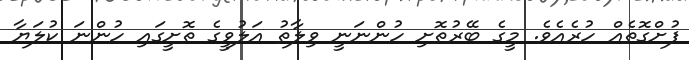
ފުށްގޮތެއް ހުރެއެވެ. މީގެ ބޭރުތޮށި ހުންނަނީ ވިލާތު އަލުވީގެ ތޮށީގައި ހުންނަ ކުލަޔާ